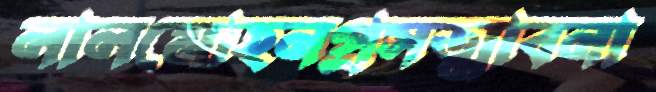
লালমোহনপ্রসত্মাবনা